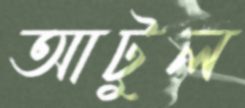
আটুল